Madras plague regulations in force outside the Presidency town - Volume 4
Disease focus: Plague
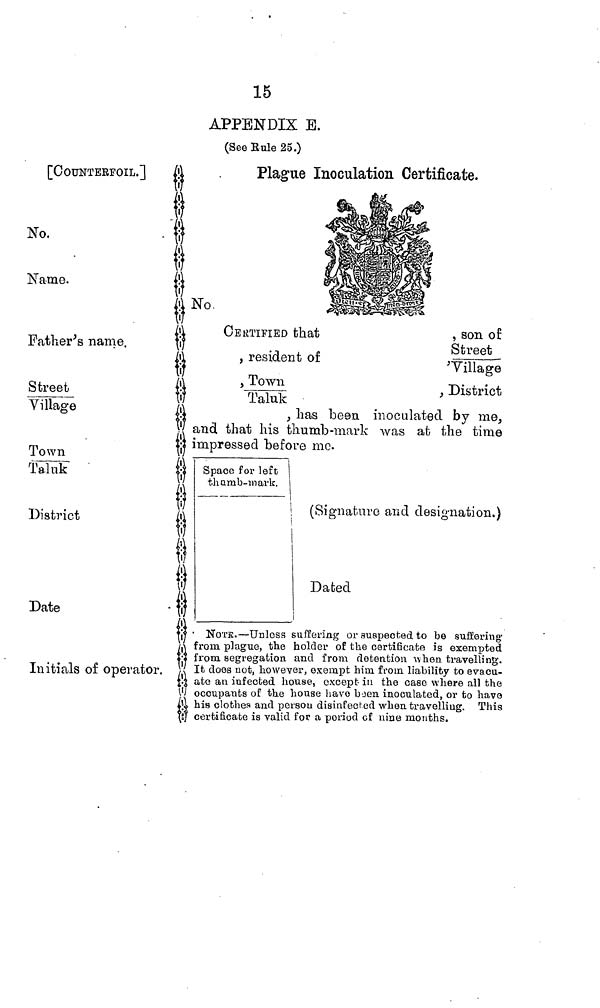
15
APPENDIX B.
(See Rule 25.)
[COUNTERFOIL.]
No.
Name.
Father's name.
Street
Village
Town
Taluk
District
Date
Initials of operator.
Plague Inoculation Certificate.
No
CERTIFIED that
, resident of
, Town
Taluk
, son of
Street
Village o
, District
, has been inoculated by me,
and that his thumb-mark was at the time
impressed before me.
Space for left
thumb-mark.
(Signature and designation.)
Dated
• NOTE.—Unless suffering or suspected to be suffering-
from plague, the holder of the certificate is exempted
from, segregation and from detention when travelling.
It does not, however, exempt him from liability to evacu-
ate an infected house, except- in the case where all the
occupants of the house have boen inoculated, or to have
his clothes and porsou disinfectd when travelling. This
certificate is valid for a period cf nine months.